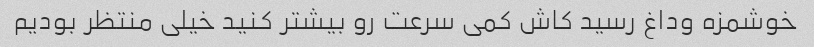
خوشمزه وداغ رسید کاش کمی سرعت رو بیشتر کنید خیلی منتظر بودیم